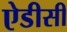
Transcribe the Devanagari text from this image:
ऐडीसी